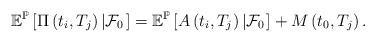
LaTeX: \begin{align*}\mathbb{E}^{\mathbb{P}}\left[\Pi\left(t_{i},T_{j}\right)\left|\mathcal{F}_{0}\right.\right]=\mathbb{E}^{\mathbb{P}}\left[A\left(t_{i},T_{j}\right)\left|\mathcal{F}_{0}\right.\right]+M\left(t_{0},T_{j}\right).\end{align*}